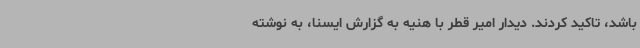
باشد، تاکید کردند. دیدار امیر قطر با هنیه به گزارش ایسنا، به نوشته